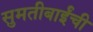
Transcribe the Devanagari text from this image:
सुमतीबाईंची